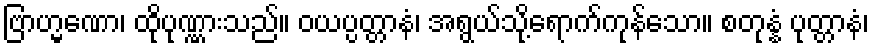
ဗြာဟ္မဏော၊ ထိုပုဏ္ဏားသည်။ ဝယပ္ပတ္တာနံ၊ အရွယ်သို့ရောက်ကုန်သော။ စတုန္နံ ပုတ္တာနံ၊